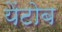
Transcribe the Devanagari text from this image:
येंटोब